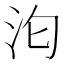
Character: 𭯻